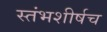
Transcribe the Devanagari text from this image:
स्तंभशीर्षच